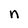
Character: n